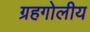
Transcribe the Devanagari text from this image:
ग्रहगोलीय